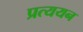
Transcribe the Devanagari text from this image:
प्रत्ययन